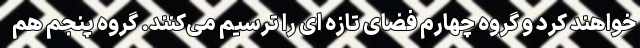
خواهند کرد و گروه چهارم فضای تازه ای را ترسیم می‌کنند. گروه پنجم هم